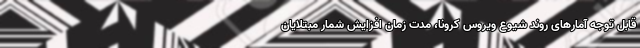
قابل توجه آمارهای روند شیوع ویروس کرونا، مدت زمان افزایش شمار مبتلایان